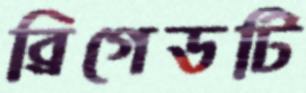
ব্রিগেডটি